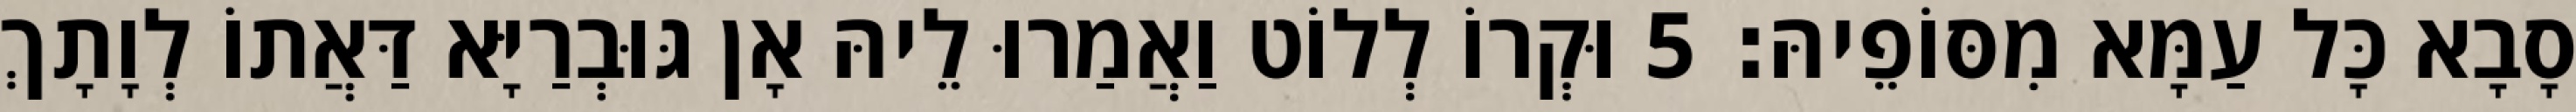
סָבָא כָּל עַמָּא מִסּוֹפֵיהּ׃ 5 וּקְרוֹ לְלוֹט וַאֲמַרוּ לֵיהּ אָן גּוּבְרַיָּא דַּאֲתוֹ לְוָתָךְ